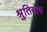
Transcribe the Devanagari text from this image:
श्रुतिबोध